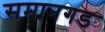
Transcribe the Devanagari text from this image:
समानगड